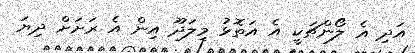
އަދި އެ ލޯންޗަކީ އެ އަތޮޅު މިލަދޫ އިން އެ ރަށަށް ދިޔަ